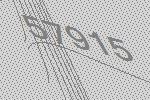
57915